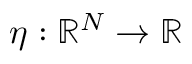
\eta : \mathbb { R } ^ { N } \to \mathbb { R }